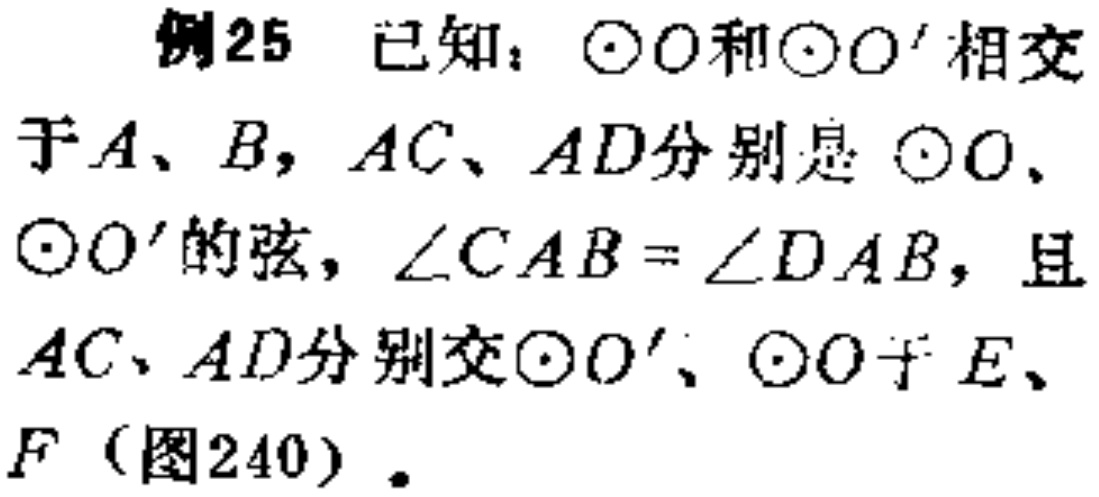
例25 已知：$\odot O$和$\odot O^{\prime}$相交于$A、B$，$AC、AD$分别是$\odot O$、$\odot O^{\prime}$的弦，$\angle CAB = \angle DAB$，且$AC、AD$分别交$\odot O^{\prime}$、$\odot O$于$E、F$（图240）。